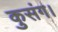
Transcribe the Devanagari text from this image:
कुसंग।